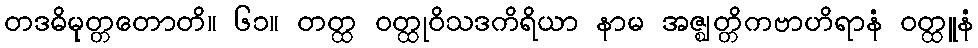
တဒဓိမုတ္တတောတိ။ ၆၁။ တတ္ထ ဝတ္ထုဝိသဒကိရိယာ နာမ အဇ္ဈတ္တိကဗာဟိရာနံ ဝတ္ထူနံ